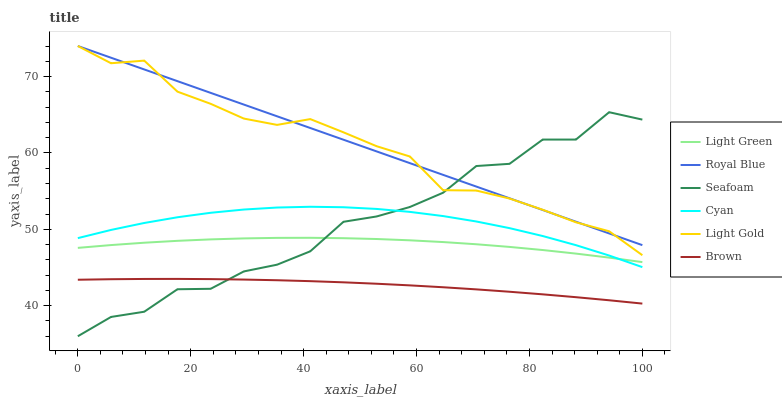
| xaxis_label | Light Green | Royal Blue | Seafoam | Cyan | Light Gold | Brown |
 | --- | --- | --- | --- | --- | --- | --- |
 | 0 | 47.6 | 74 | 36 | 48.8 | 74 | 43.4 |
 | 5.88 | 47.9 | 72.5 | 38.5 | 49.9 | 71.7 | 43.5 |
 | 11.8 | 48.2 | 70.9 | 39.2 | 50.8 | 72.1 | 43.5 |
 | 17.6 | 48.5 | 69.4 | 42.2 | 51.6 | 68 | 43.5 |
 | 23.5 | 48.7 | 67.9 | 42.2 | 52.2 | 66.4 | 43.5 |
 | 29.4 | 48.8 | 66.3 | 44.5 | 52.6 | 64.5 | 43.4 |
 | 35.3 | 48.9 | 64.8 | 45.4 | 52.9 | 63.7 | 43.3 |
 | 41.2 | 48.9 | 63.3 | 47.1 | 53 | 64.4 | 43.2 |
 | 47.1 | 48.8 | 61.7 | 51 | 52.9 | 62.7 | 43.1 |
 | 52.9 | 48.7 | 60.2 | 51.7 | 52.7 | 60.9 | 42.9 |
 | 58.8 | 48.6 | 58.7 | 52.9 | 52.3 | 59.5 | 42.7 |
 | 64.7 | 48.3 | 57.1 | 54.8 | 51.7 | 55.1 | 42.4 |
 | 70.6 | 48 | 55.6 | 58.3 | 51 | 55.1 | 42.1 |
 | 76.5 | 47.7 | 54.1 | 58.6 | 50.2 | 54 | 41.8 |
 | 82.4 | 47.3 | 52.5 | 61.8 | 49.1 | 52.6 | 41.5 |
 | 88.2 | 46.8 | 51 | 61.8 | 47.9 | 50.9 | 41.1 |
 | 94.1 | 46.3 | 49.5 | 65.3 | 46.6 | 49.7 | 40.7 |
 | 100 | 45.7 | 47.9 | 64.4 | 45 | 46.6 | 40.3 |